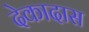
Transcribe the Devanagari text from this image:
देकादास